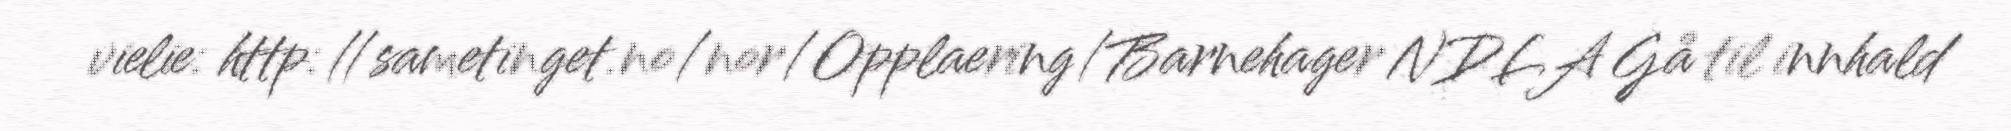
vielie: http://sametinget.no/nor/Opplaering/Barnehager NDLA Gå til innhald